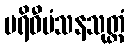
ပရိဝီမံသနသုတ္တံ